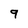
Character: 9